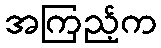
အကြည့်က